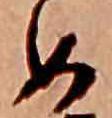
め